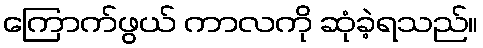
ကြောက်ဖွယ် ကာလကို ဆုံခဲ့ရသည်။